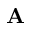
{ \bf A }